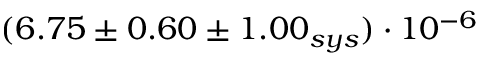
( 6 . 7 5 \pm 0 . 6 0 \pm 1 . 0 0 _ { s y s } ) \cdot 1 0 ^ { - 6 }